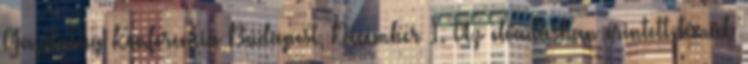
Gazdaság Konferencia Budapest, December 1. Az előadásban érintett témák